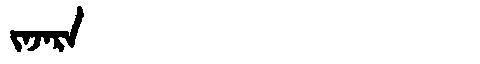
Manchu: ᠵᠠᠵᠠᡵᠠ
Romanization: JAJARA